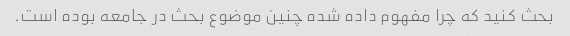
بحث کنید که چرا مفهوم داده شده چنین موضوع بحث در جامعه بوده است.